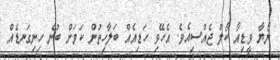
ނޯޔާ ވީޑިއޯ ކޯލް ޖެއްސިއެވެ. އެހޭވި ހަޑިއެއް ބަލާހިތުން ކަމަށް ބުނެ ހިނިގަނޑެއް